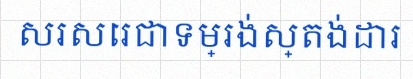
សរសេរជាទម្រង់ស្តង់ដារ